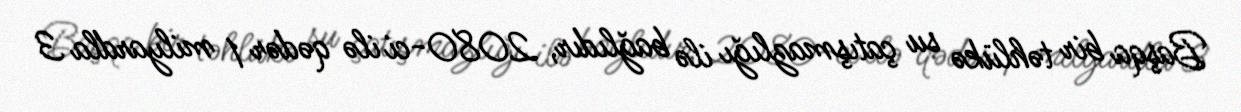
Başqa bir təhlükə su çatışmazlığı ilə bağlıdır, 2080-ci ilə qədər 1 milyardla 3